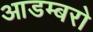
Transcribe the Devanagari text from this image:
आडम्बरो